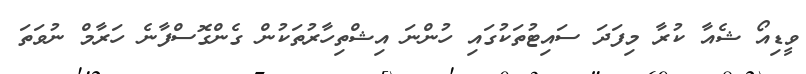
ވީޑިއޯ ޝެއާ ކުރާ މިފަދަ ސައިޓުތަކުގައި ހުންނަ އިޝްތިހާރުތަކުން ގެންގޮސްފާނެ ހަރާމް ނުވަތަ